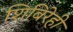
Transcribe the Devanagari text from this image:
शिबिरेही